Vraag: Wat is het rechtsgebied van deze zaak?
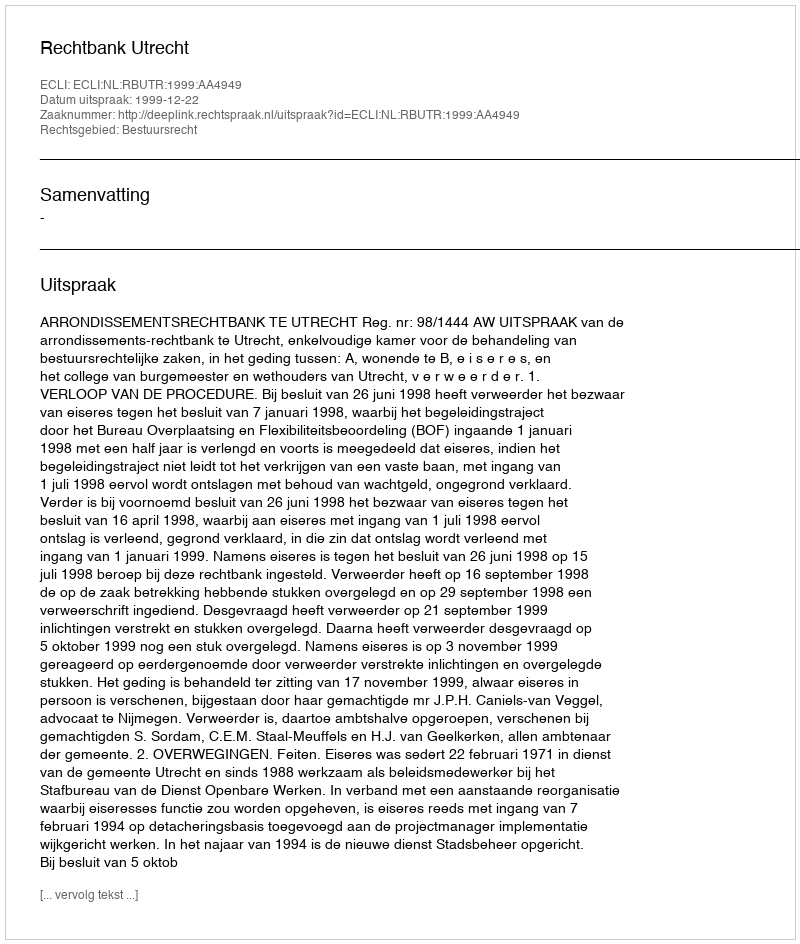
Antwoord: Bestuursrecht